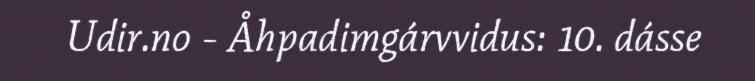
Udir.no - Åhpadimgárvvidus: 10. dásse